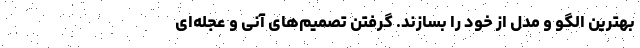
بهترین الگو و مدل از خود را بسازند. گرفتن تصمیم‌های آنی و عجله‌ای